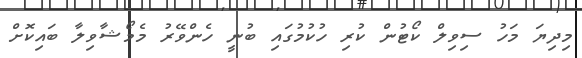
މިދިޔަ މަހު ސިވިލް ކޯޓުން ކުރި ހުކުމުގައި ބުނީ ހެންވޭރު މެމޯޝާވިލާ ބައިކޮށް